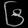
Digit: ၆